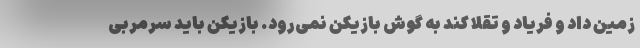
زمین داد و فریاد و تقلا کند به گوش بازیکن نمی‌رود. بازیکن باید سرمربی